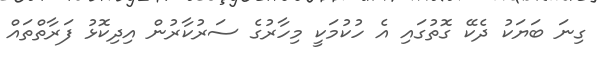
ގިނަ ބަޔަކު ދެކޭ ގޮތުގައި އެ ހުކުމަކީ މިހާރުގެ ސަރުކާރުން އިދިކޮޅު ފަރާތްތައް